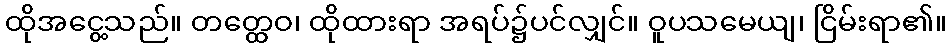
ထိုအငွေ့သည်။ တတ္ထေဝ၊ ထိုထားရာ အရပ်၌ပင်လျှင်။ ဝူပသမေယျ၊ ငြိမ်းရာ၏။